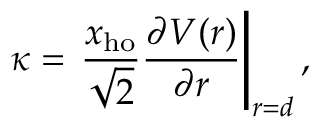
\kappa = \left. \frac { x _ { \mathrm { h o } } } { \sqrt { 2 } } \frac { \partial V ( r ) } { \partial r } \right| _ { r = d } ,